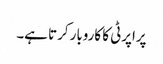
پراپرٹی کا کاروبار کرتا ہے۔